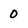
Character: 0